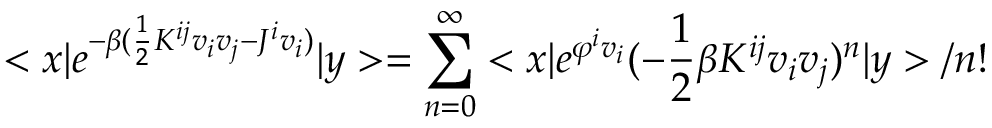
< x | e ^ { - \beta ( \frac { 1 } { 2 } K ^ { i j } v _ { i } v _ { j } - J ^ { i } v _ { i } ) } | y > = \sum _ { n = 0 } ^ { \infty } < x | e ^ { \varphi ^ { i } v _ { i } } ( - \frac { 1 } { 2 } \beta K ^ { i j } v _ { i } v _ { j } ) ^ { n } | y > / n !